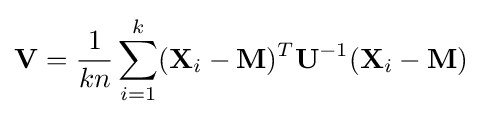
\mathbf {V} ={\frac {1}{kn}}\sum _{i=1}^{k}(\mathbf {X} _{i}-\mathbf {M} )^{T}\mathbf {U} ^{-1}(\mathbf {X} _{i}-\mathbf {M} )